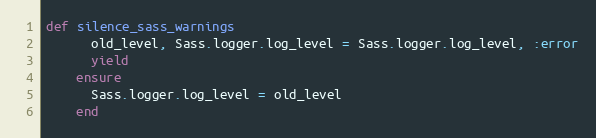
Language: Ruby
def silence_sass_warnings
      old_level, Sass.logger.log_level = Sass.logger.log_level, :error
      yield
    ensure
      Sass.logger.log_level = old_level
    end